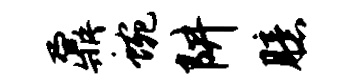
鼐蜿阱臆